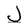
Character: J